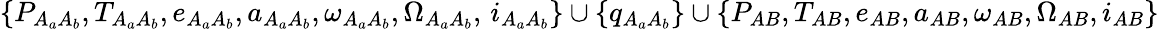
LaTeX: \{ P_{A_{a}A_{b}},T_{A_{a}A_{b}},e_{A_{a}A_{b}},a_{A_{a}A_{b}},\omega_{A_{a}A_{b}},\Omega_{A_{a}A_{b}},\, i_{A_{a}A_{b}}\} \cup\{ q_{A_{a}A_{b}}\} \cup\{ P_{AB},T_{AB},e_{AB},a_{AB},\omega_{AB},\Omega_{AB},i_{AB}\}